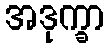
အဒုက္ခာ